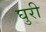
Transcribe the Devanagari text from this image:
घुरी